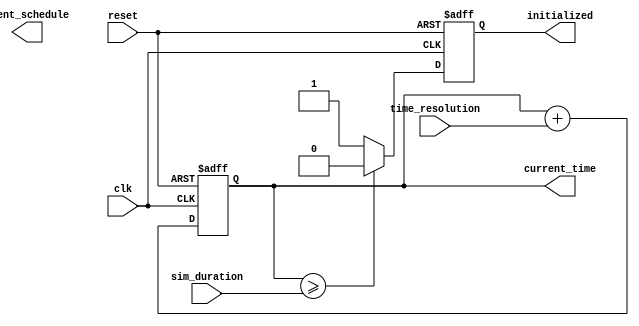
module simulation_time_initialization (
    input wire clk,               // Clock signal
    input wire reset,             // Reset signal
    input wire [31:0] sim_duration, // Simulation duration parameter
    input wire [31:0] time_resolution, // Time resolution parameter
    output reg [31:0] current_time, // Current simulation time
    output reg initialized,        // Initialization status
    output reg [31:0] event_schedule // Scheduled event time
);

    // State variable for initialization
    reg [31:0] initial_time = 32'd0; // Default starting time

    // Event schedule variable
    reg [31:0] scheduled_event_time;

    // Initialization process
    always @(posedge clk or posedge reset) begin
        if (reset) begin
            // Reset all variables to initial conditions
            current_time <= initial_time;
            initialized <= 1'b0;
            scheduled_event_time <= initial_time;
        end else begin
            // Update current time based on resolution
            current_time <= current_time + time_resolution;

            // Check for simulation duration
            if (current_time >= sim_duration) begin
                // Stop simulation or handle end of simulation
                initialized <= 1'b0; // Indicate that simulation has ended
            end else begin
                initialized <= 1'b1; // Indicate that simulation is ongoing
                // Schedule next event (for example, every 100 time units)
                if (current_time >= scheduled_event_time) begin
                    // Trigger event (this could be a task or function call)
                    // For example, we can log the event or perform an action
                    scheduled_event_time <= current_time + 100; // Schedule next event
                end
            end
        end
    end

    // User-defined initialization routine (optional)
    task user_defined_initialization(input [31:0] start_time);
        initial_time = start_time; // Set custom start time
    endtask

endmodule